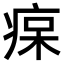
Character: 𤶭